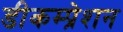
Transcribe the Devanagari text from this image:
डीकम्प्रेशन